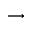
\longrightarrow